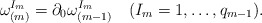
\begin{align*}\omega^{I_m}_{(m)}=\partial_0\omega^{I_m}_{(m-1)}\quad(I_m=1,\ldots,q_{m-1}). \end{align*}